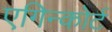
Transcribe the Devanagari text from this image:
एगिन्कोर्ट